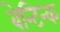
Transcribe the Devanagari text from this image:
बेन्टिन्क